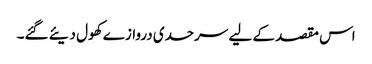
اس مقصد کے لیے سرحدی دروازے کھول دیئے گئے۔